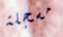
مسجلة